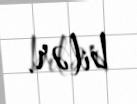
bilər.